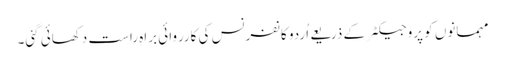
مہمانوں کو پروجیکٹر کے ذریعے اُردو کانفرنس کی کارروائی براہِ راست دکھائی گئی۔